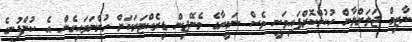
ނާޒިމް ޖަލަށްލާން ހުކުމްކޮށްފައިވަނީ ވެސް ނަމީރާގެ މެނޭޖިން ޑިރެކްޓަރަކަށް ހުންނަވައިގެން އެ ކުންފުނީގެ